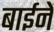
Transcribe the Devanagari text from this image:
बाईनें